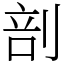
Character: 剖